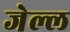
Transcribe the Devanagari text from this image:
जेल्ल